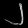
Digit: ၂